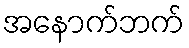
အနောက်ဘက်